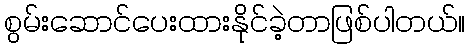
စွမ်းဆောင်ပေးထားနိုင်ခဲ့တာဖြစ်ပါတယ်။